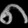
Digit: ၈